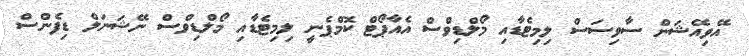
އޭވިއޭޝަން ސާވިސަސް ލިމިޓެޑާއި މޯލްޑިވްސް އެއާޕޯޓް ކޮމްޕެނީ ލިމިޓެޑާއި މޯލްޑިވްސް ނޭޝަނަލް ޑިފެންސް